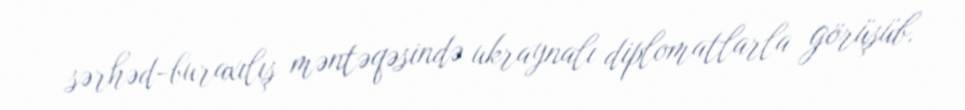
sərhəd-buraxılış məntəqəsində ukraynalı diplomatlarla görüşüb.